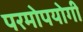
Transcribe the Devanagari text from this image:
परमोपयोगी